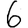
Digit: 6